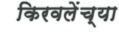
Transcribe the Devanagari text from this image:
किरवलेंच्या